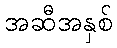
အဆီအနှစ်